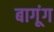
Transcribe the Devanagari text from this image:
बागूंग